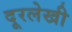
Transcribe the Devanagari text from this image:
दूरलेखी